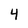
Character: 4